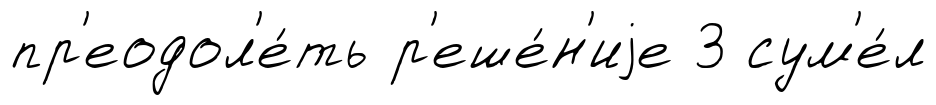
пр'еодол'е́ть р'еше́н'иjе 3 сум'е́л